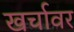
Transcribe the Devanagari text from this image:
खर्चावर